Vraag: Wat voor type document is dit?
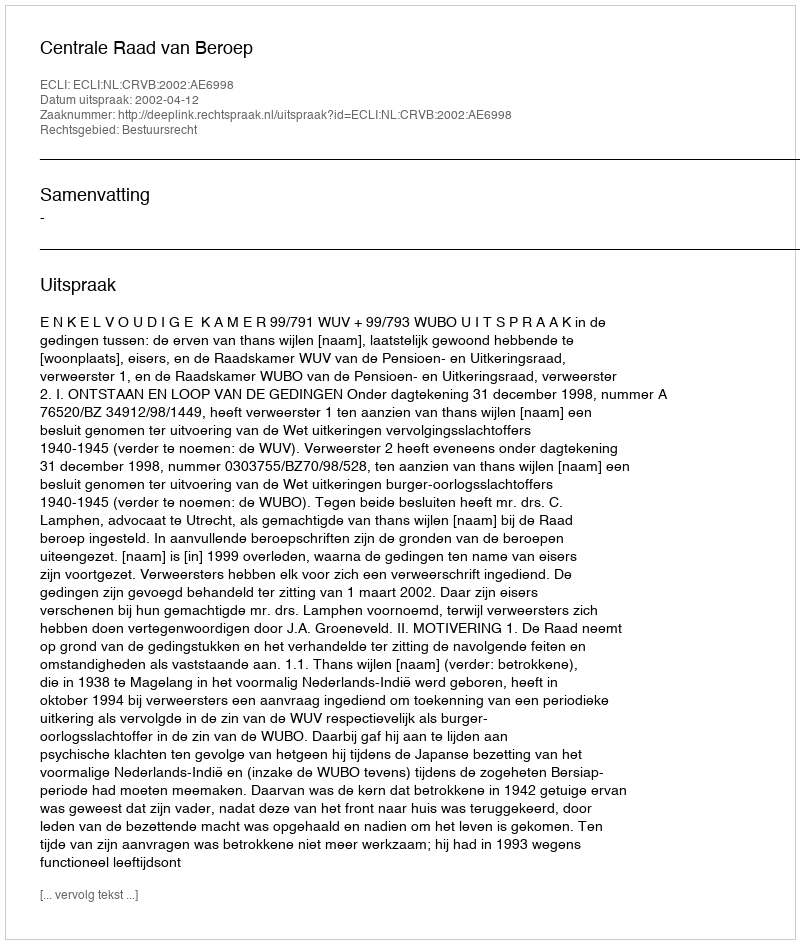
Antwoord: Uitspraak